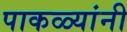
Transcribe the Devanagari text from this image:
पाकळ्यांनी